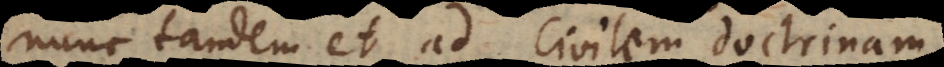
nunc tandem et ad civilem doctrinam